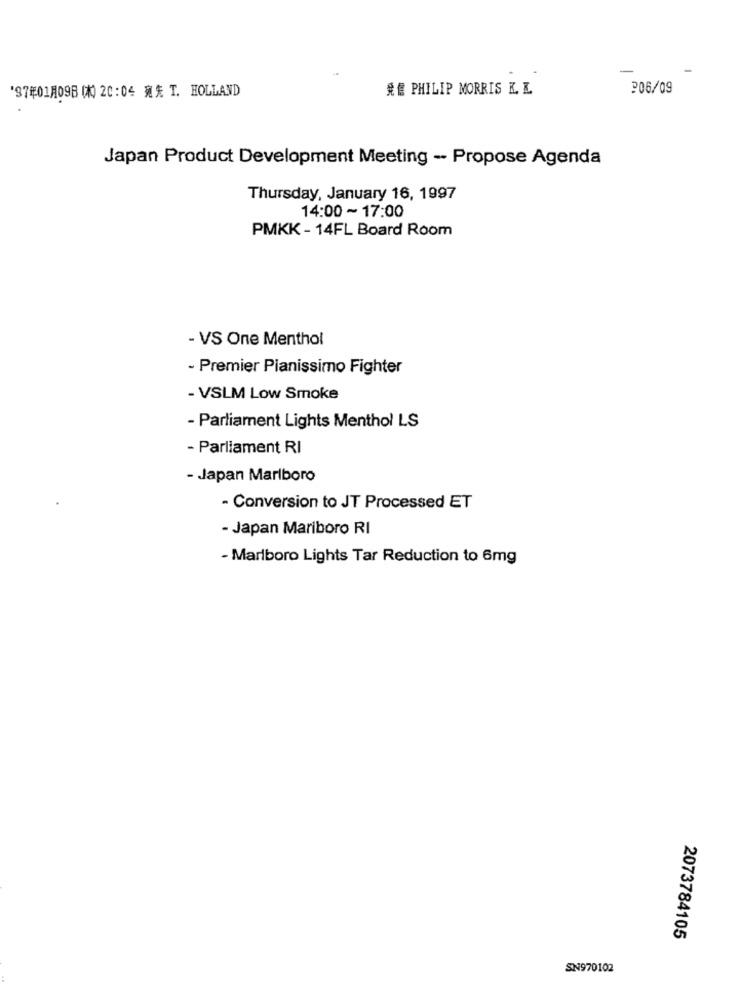
-
## PHILIP MORRIS K. E.
206/09
'97年01月09日(木) 20:04 宛先 T. HOLLAND
Japan Product Development Meeting - Propose Agenda
Thursday, January 16, 1997
14:00 ~ 17:00
PMKK - 14FL Board Room
- VS One Menthol
- Premier Pianissimo Fighter
- VSLM Low Smoke
- Parliament Lights Menthol LS
- Parliament RI
- Japan Marlboro
- Conversion to JT Processed ET
- Japan Mariboro RI
- Marlboro Lights Tar Reduction to 6mg
2073784105
SN970102